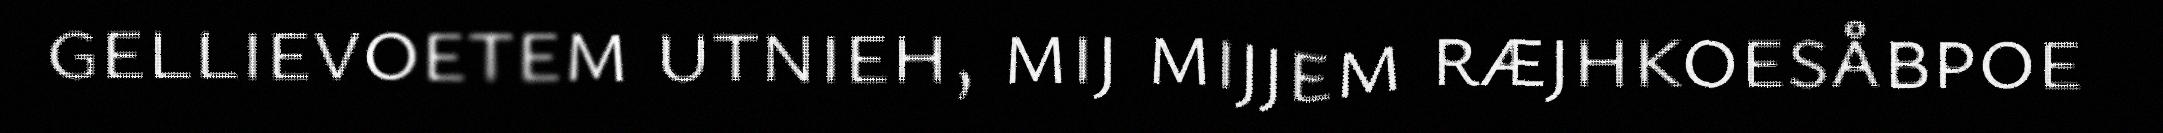
gellievoetem utnieh, mij mijjem ræjhkoesåbpoe